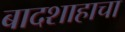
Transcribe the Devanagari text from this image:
बादशाहाचा